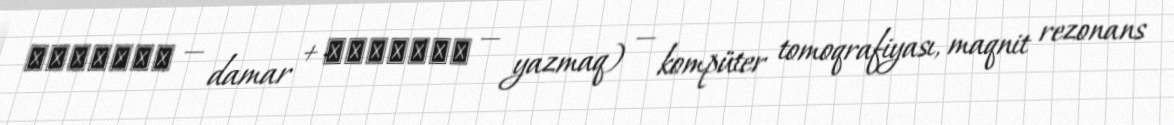
ἀγγεῖον — damar + γράφειν — yazmaq) — kompüter tomoqrafiyası, maqnit rezonans